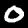
Digit: 0